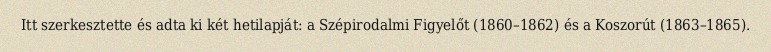
Itt szerkesztette és adta ki két hetilapját: a Szépirodalmi Figyelőt (1860–1862) és a Koszorút (1863–1865).